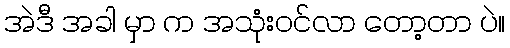
အဲဒီ အခါ မှာ က အသုံးဝင်လာ တော့တာ ပဲ။